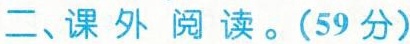
二、课外阅读。(59分)